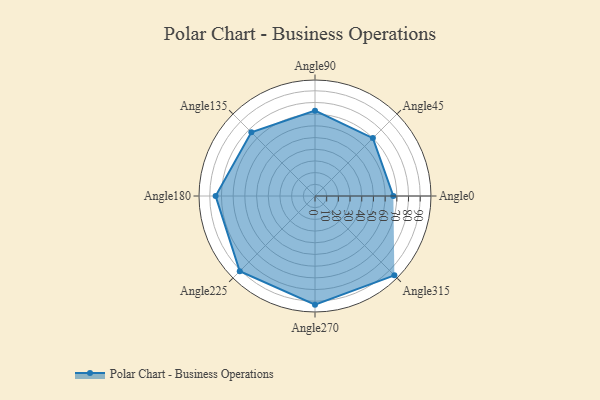
{"axis": {"x": "Angle", "y": "Radius"}, "legend": [""], "data": [{"x": "Angle0", "y": 67.0, "type": ""}, {"x": "Angle45", "y": 70.0, "type": ""}, {"x": "Angle90", "y": 73.0, "type": ""}, {"x": "Angle135", "y": 77.0, "type": ""}, {"x": "Angle180", "y": 85.0, "type": ""}, {"x": "Angle225", "y": 91.0, "type": ""}, {"x": "Angle270", "y": 93.0, "type": ""}, {"x": "Angle315", "y": 96.0, "type": ""}]}